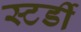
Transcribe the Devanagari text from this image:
स्टर्डी